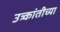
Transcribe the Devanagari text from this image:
उत्र्कांतीच्या